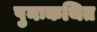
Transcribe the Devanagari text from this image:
पुनःकथित